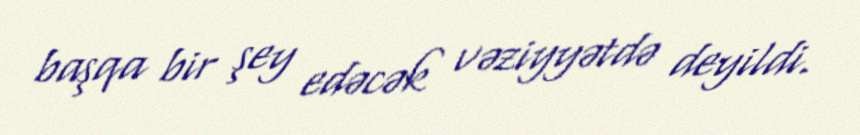
başqa bir şey edəcək vəziyyətdə deyildi.